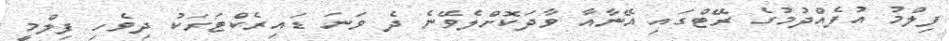
ފިލްމު އުފެއްދުމުގެ ރޭޓްގައި އޭނާއާ ވާދަކޮށްލެވޭނެ ދެ ވަނަ ޑައިރެކްޓަރަކު ދިވެހި ފިލްމީ